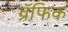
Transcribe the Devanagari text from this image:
ग्रॅफिक